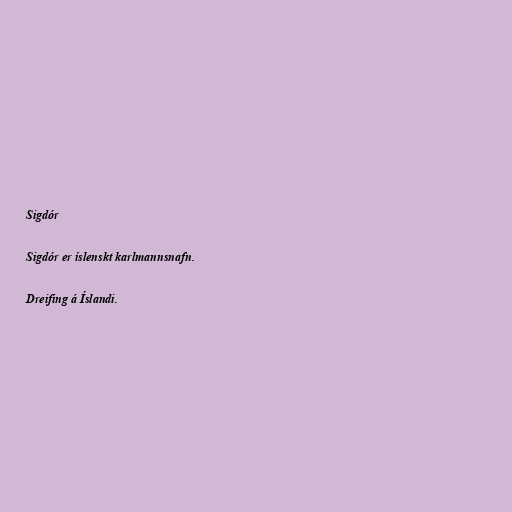
Sigdór

Sigdór er íslenskt karlmannsnafn.

Dreifing á Íslandi.